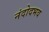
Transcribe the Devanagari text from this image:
नंदोदभव